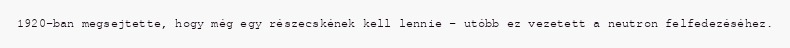
1920-ban megsejtette, hogy még egy részecskének kell lennie – utóbb ez vezetett a neutron felfedezéséhez.